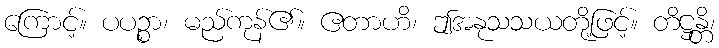
ကြောင့်။ ပပဉ္စာ၊ မည်ကုန်၏။ ဧတာဟိ၊ ဤအနုသသယတို့ဖြင့်။ တိဋ္ဌန္တိ၊